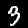
Label: 3